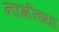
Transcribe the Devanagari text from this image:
नाभींच्या